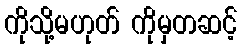
ကိုသို့မဟုတ် ကိုမှတဆင့်